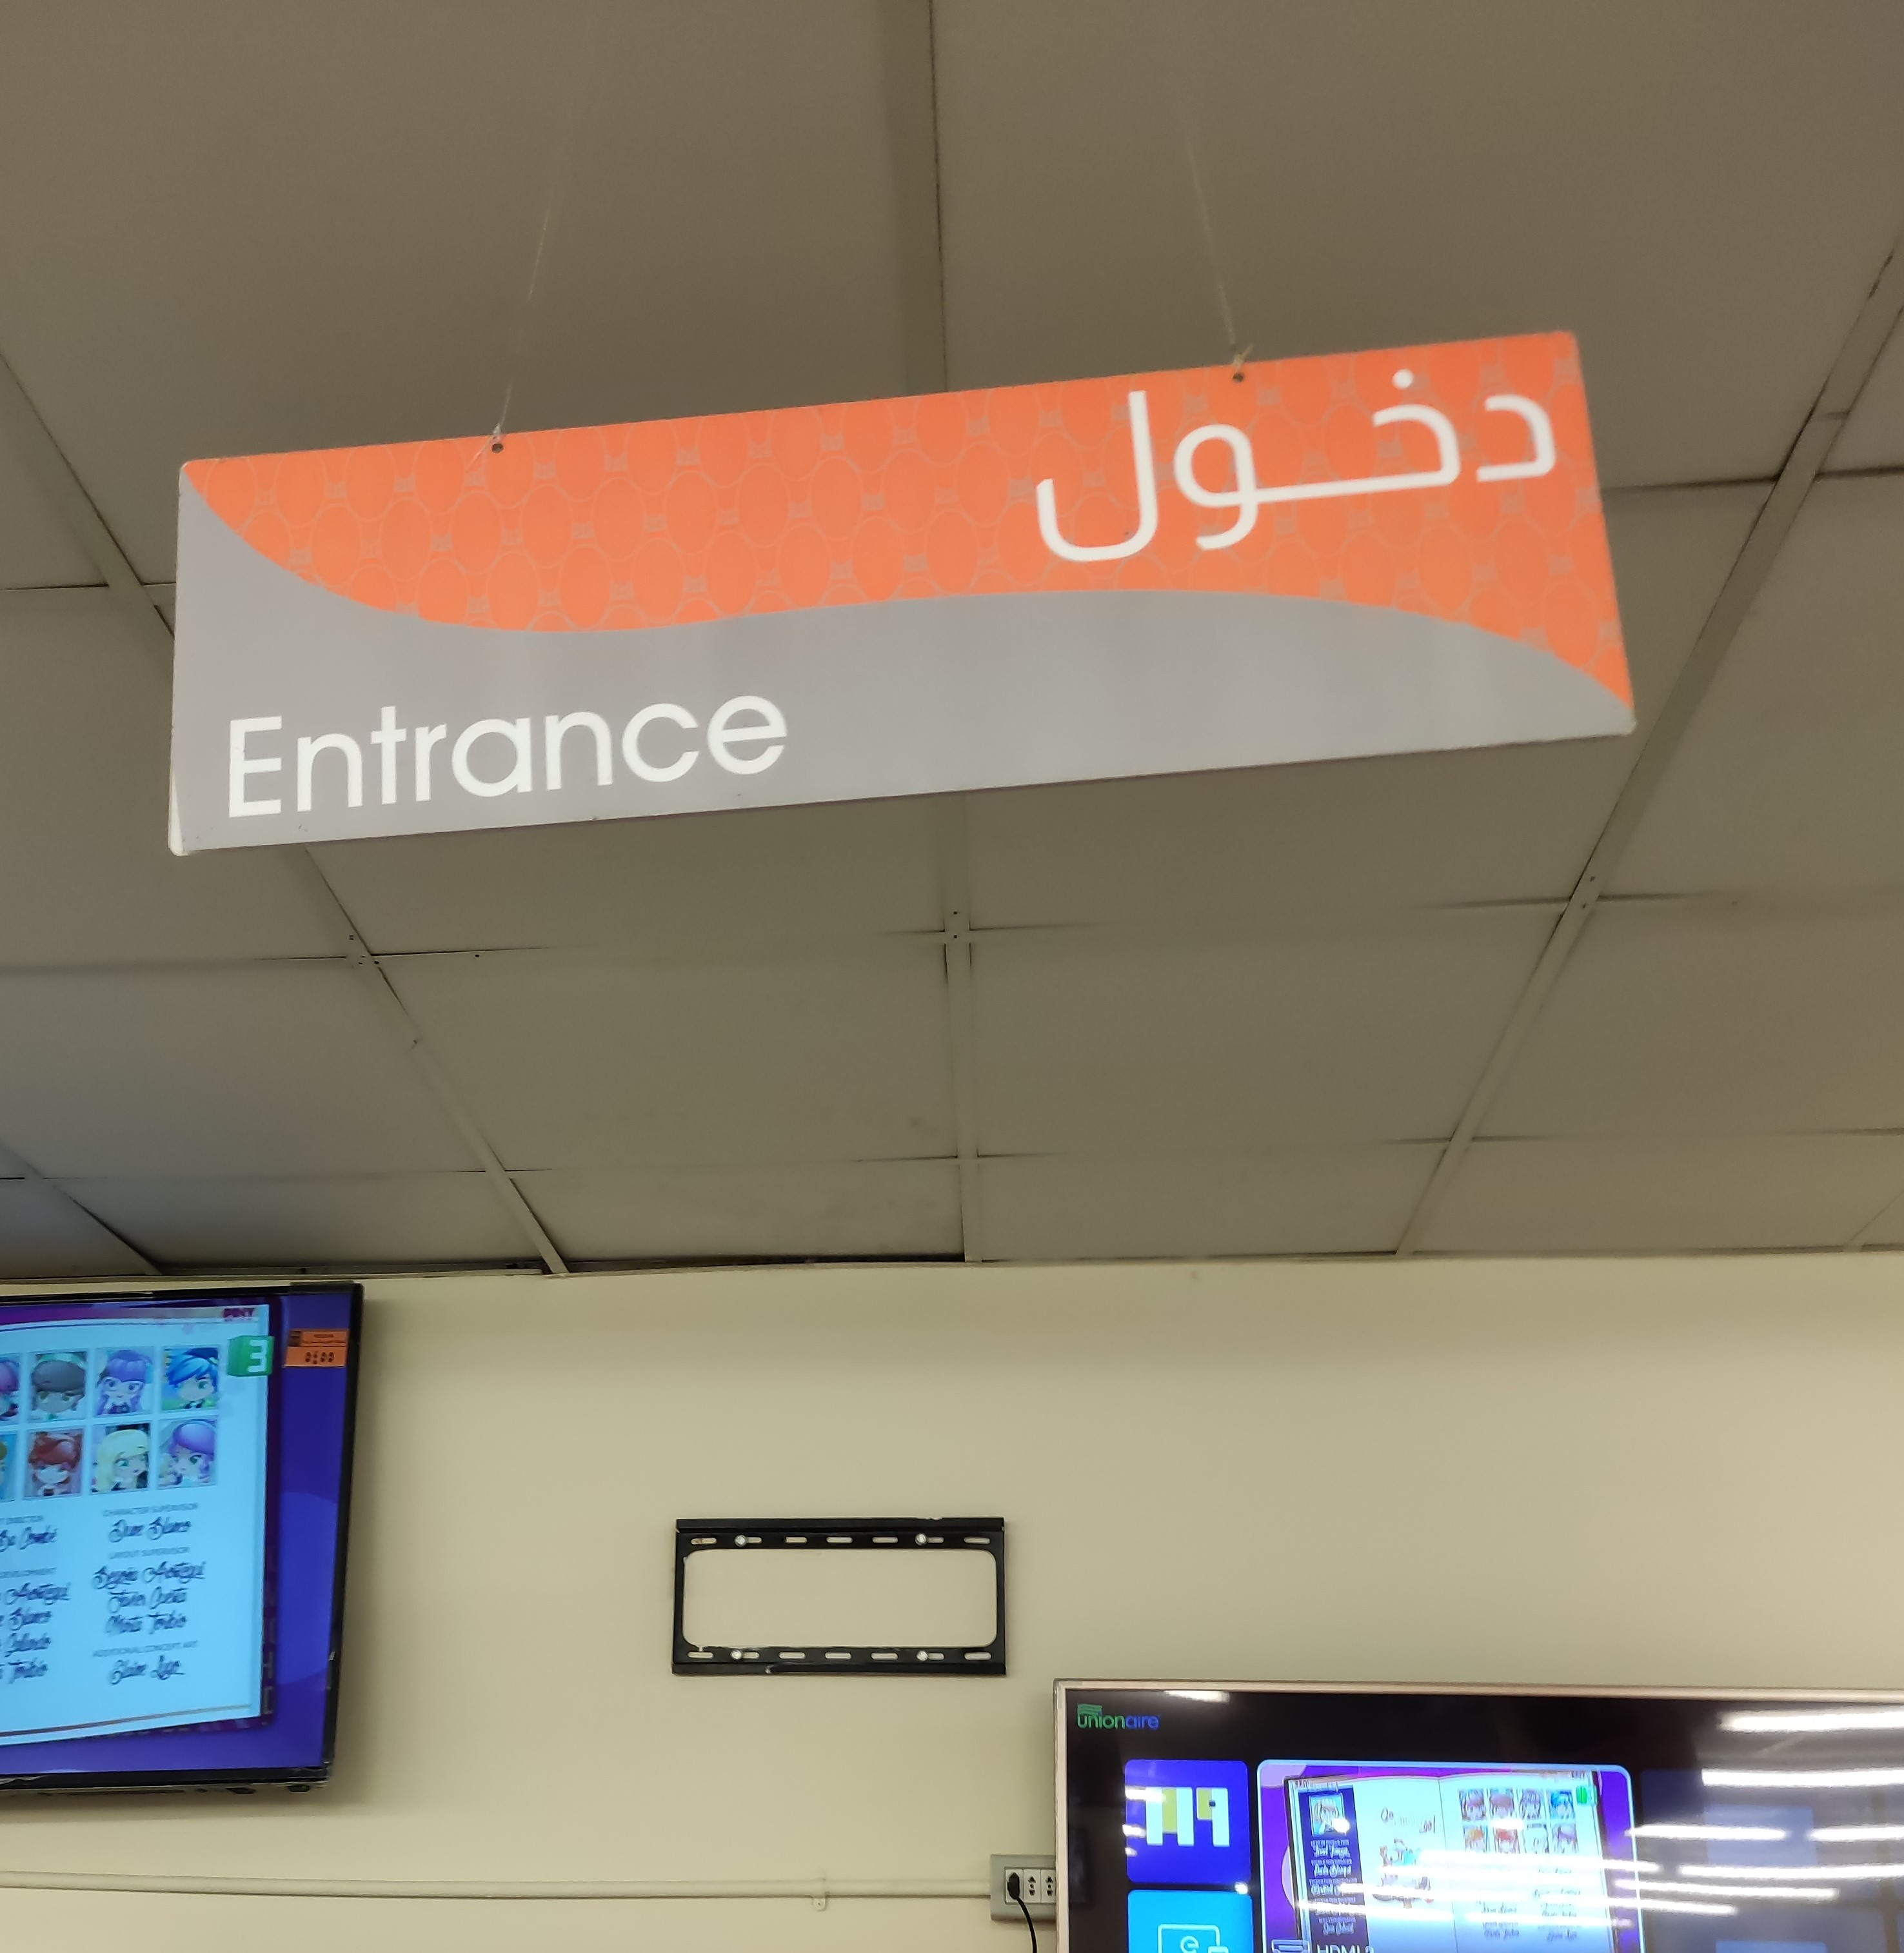
Text in image: دخول Entrance